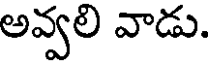
అవ్వలి వాడు.